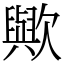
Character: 歟